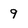
Character: 9